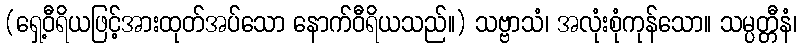
(ရှေ့ဝီရိယဖြင့်အားထုတ်အပ်သော နောက်ဝီရိယသည်။) သဗ္ဗာသံ၊ အလုံးစုံကုန်သော။ သမ္ပတ္တီနံ၊